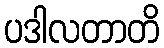
ပဒါလတာတိ